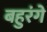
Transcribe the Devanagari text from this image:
बहुरंगे